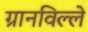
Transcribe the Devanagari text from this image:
ग्रानविल्ले